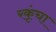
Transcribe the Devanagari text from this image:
रकृंचा